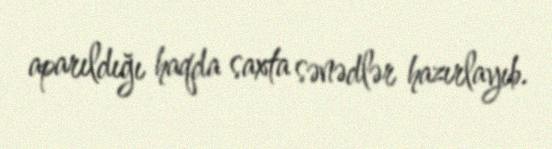
aparıldığı haqda saxta sənədlər hazırlayıb.